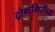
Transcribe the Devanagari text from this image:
द्रोणगिरीचा